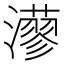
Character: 𤁸